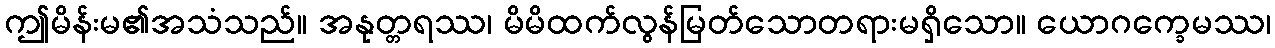
ဤမိန်းမ၏အသံသည်။ အနုတ္တရဿ၊ မိမိထက်လွန်မြတ်သောတရားမရှိသော။ ယောဂက္ခေမဿ၊